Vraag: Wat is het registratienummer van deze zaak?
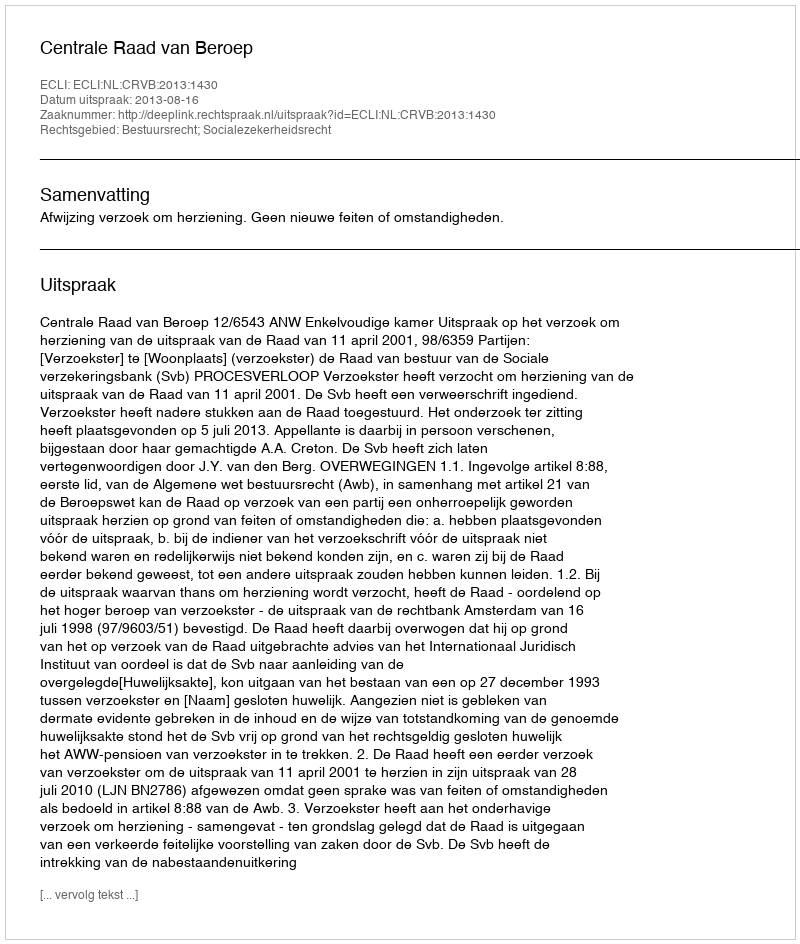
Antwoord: http://deeplink.rechtspraak.nl/uitspraak?id=ECLI:NL:CRVB:2013:1430